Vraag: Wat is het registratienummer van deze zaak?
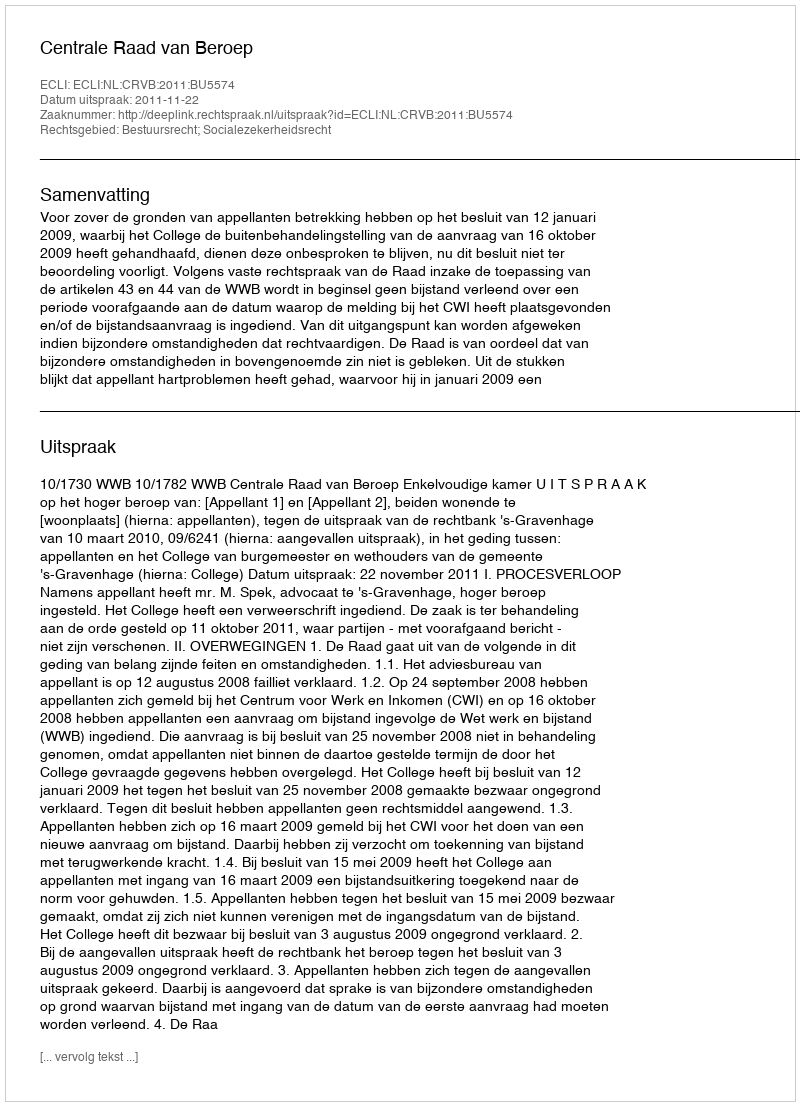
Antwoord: http://deeplink.rechtspraak.nl/uitspraak?id=ECLI:NL:CRVB:2011:BU5574